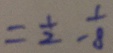
= \frac { 1 } { 2 } - \frac { 1 } { 8 }